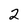
Character: 2